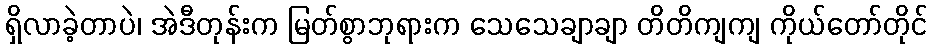
ရှိလာခဲ့တာပဲ၊ အဲဒီတုန်းက မြတ်စွာဘုရားက သေသေချာချာ တိတိကျကျ ကိုယ်တော်တိုင်